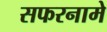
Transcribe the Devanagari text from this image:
सफरनामे